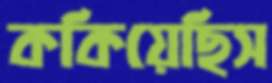
ককিয়েছিস